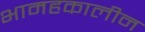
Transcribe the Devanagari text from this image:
भामहकालीन